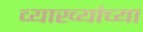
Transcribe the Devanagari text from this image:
व्याख्यांच्या